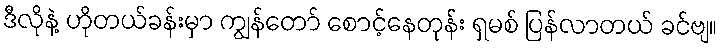
ဒီလိုနဲ့ ဟိုတယ်ခန်းမှာ ကျွန်တော် စောင့်နေတုန်း ရှမစ် ပြန်လာတယ် ခင်ဗျ။